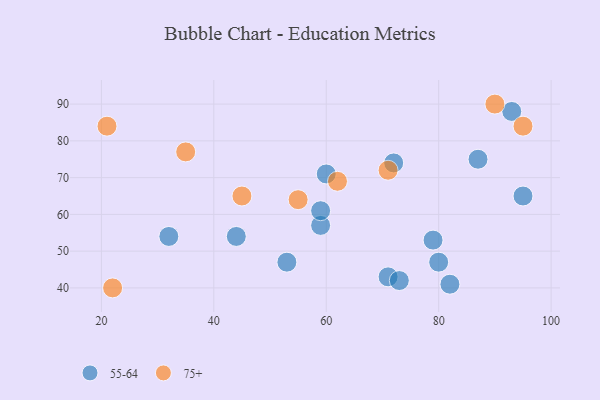
{"axis": {"x": "GDP", "y": "Life Expectancy"}, "legend": ["55-64", "75+"], "data": [{"x": "93", "y": 88, "type": "55-64"}, {"x": "82", "y": 41, "type": "55-64"}, {"x": "53", "y": 47, "type": "55-64"}, {"x": "79", "y": 53, "type": "55-64"}, {"x": "71", "y": 43, "type": "55-64"}, {"x": "44", "y": 54, "type": "55-64"}, {"x": "59", "y": 57, "type": "55-64"}, {"x": "87", "y": 75, "type": "55-64"}, {"x": "80", "y": 47, "type": "55-64"}, {"x": "95", "y": 65, "type": "55-64"}, {"x": "72", "y": 74, "type": "55-64"}, {"x": "60", "y": 71, "type": "55-64"}, {"x": "73", "y": 42, "type": "55-64"}, {"x": "59", "y": 61, "type": "55-64"}, {"x": "32", "y": 54, "type": "55-64"}, {"x": "45", "y": 65, "type": "75+"}, {"x": "55", "y": 64, "type": "75+"}, {"x": "71", "y": 72, "type": "75+"}, {"x": "90", "y": 90, "type": "75+"}, {"x": "62", "y": 69, "type": "75+"}, {"x": "95", "y": 84, "type": "75+"}, {"x": "35", "y": 77, "type": "75+"}, {"x": "21", "y": 84, "type": "75+"}, {"x": "22", "y": 40, "type": "75+"}]}